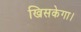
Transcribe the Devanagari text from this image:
खिसकेगा।